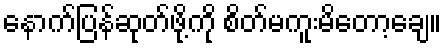
နောက်ပြန်ဆုတ်ဖို့ကို စိတ်မကူးမိတော့ချေ။